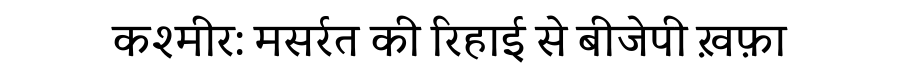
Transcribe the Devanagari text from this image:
कश्मीर: मसर्रत की रिहाई से बीजेपी ख़फ़ा